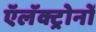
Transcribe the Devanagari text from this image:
ऍलॅक्ट्रोनों